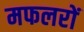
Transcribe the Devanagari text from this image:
मफलरों